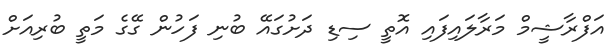
އަފްރާޝީމް މަރާލައިފައި އޮތީ ސިޑި ދަށުގައޭ ބުނި ފަހުން ގޭގެ މަތީ ބުރިއަށް